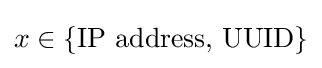
x\in \{{\text{IP address, UUID}}\}